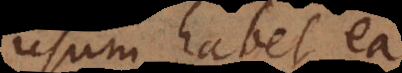
usum habet ea